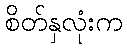
စိတ်နှလုံးက